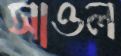
সাওল